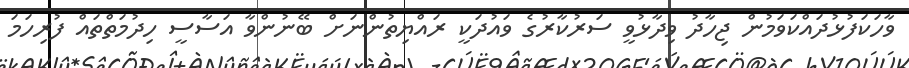
ވާހަކަފުޅުދައްކަވަމުން ޖިހާދު ވިދާޅުވީ ސަރުކާރުގެ ވައުދަކީ ރައްޔިތުންނަށް ބޭނުންވާ އަސާސީ ހިދުމަތްތައް ފުރިހަމަ